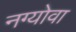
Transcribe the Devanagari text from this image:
नग्योवा